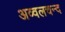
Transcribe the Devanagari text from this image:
अव्वलचन्द